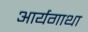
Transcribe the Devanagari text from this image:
आर्यगाथा